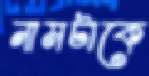
নামটাকে